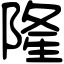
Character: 隆